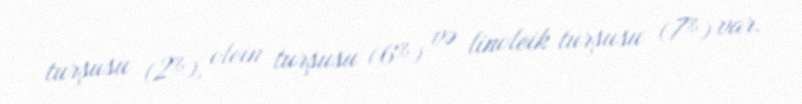
turşusu (2%), olein turşusu (6%) və linoleik turşusu (7%) var.